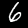
Label: 6